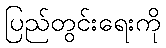
ပြည်တွင်းရေးကို